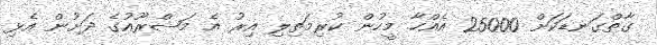
ގާތްގަނޑަކަށް 25000 އެއްހާ މީހުން ކުރިމަތިލި އިރު އެ މަޝްރޫއުގެ ދަށުން އެޅި